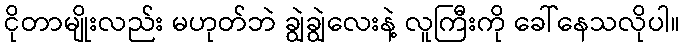
ငိုတာမျိုးလည်း မဟုတ်ဘဲ ချွဲချွဲလေးနဲ့ လူကြီးကို ခေါ်နေသလိုပါ။